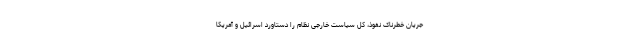
جریان خطرناک نفوذ، کل سیاست خارجی نظام را دستاورد اسرائیل و آمریکا